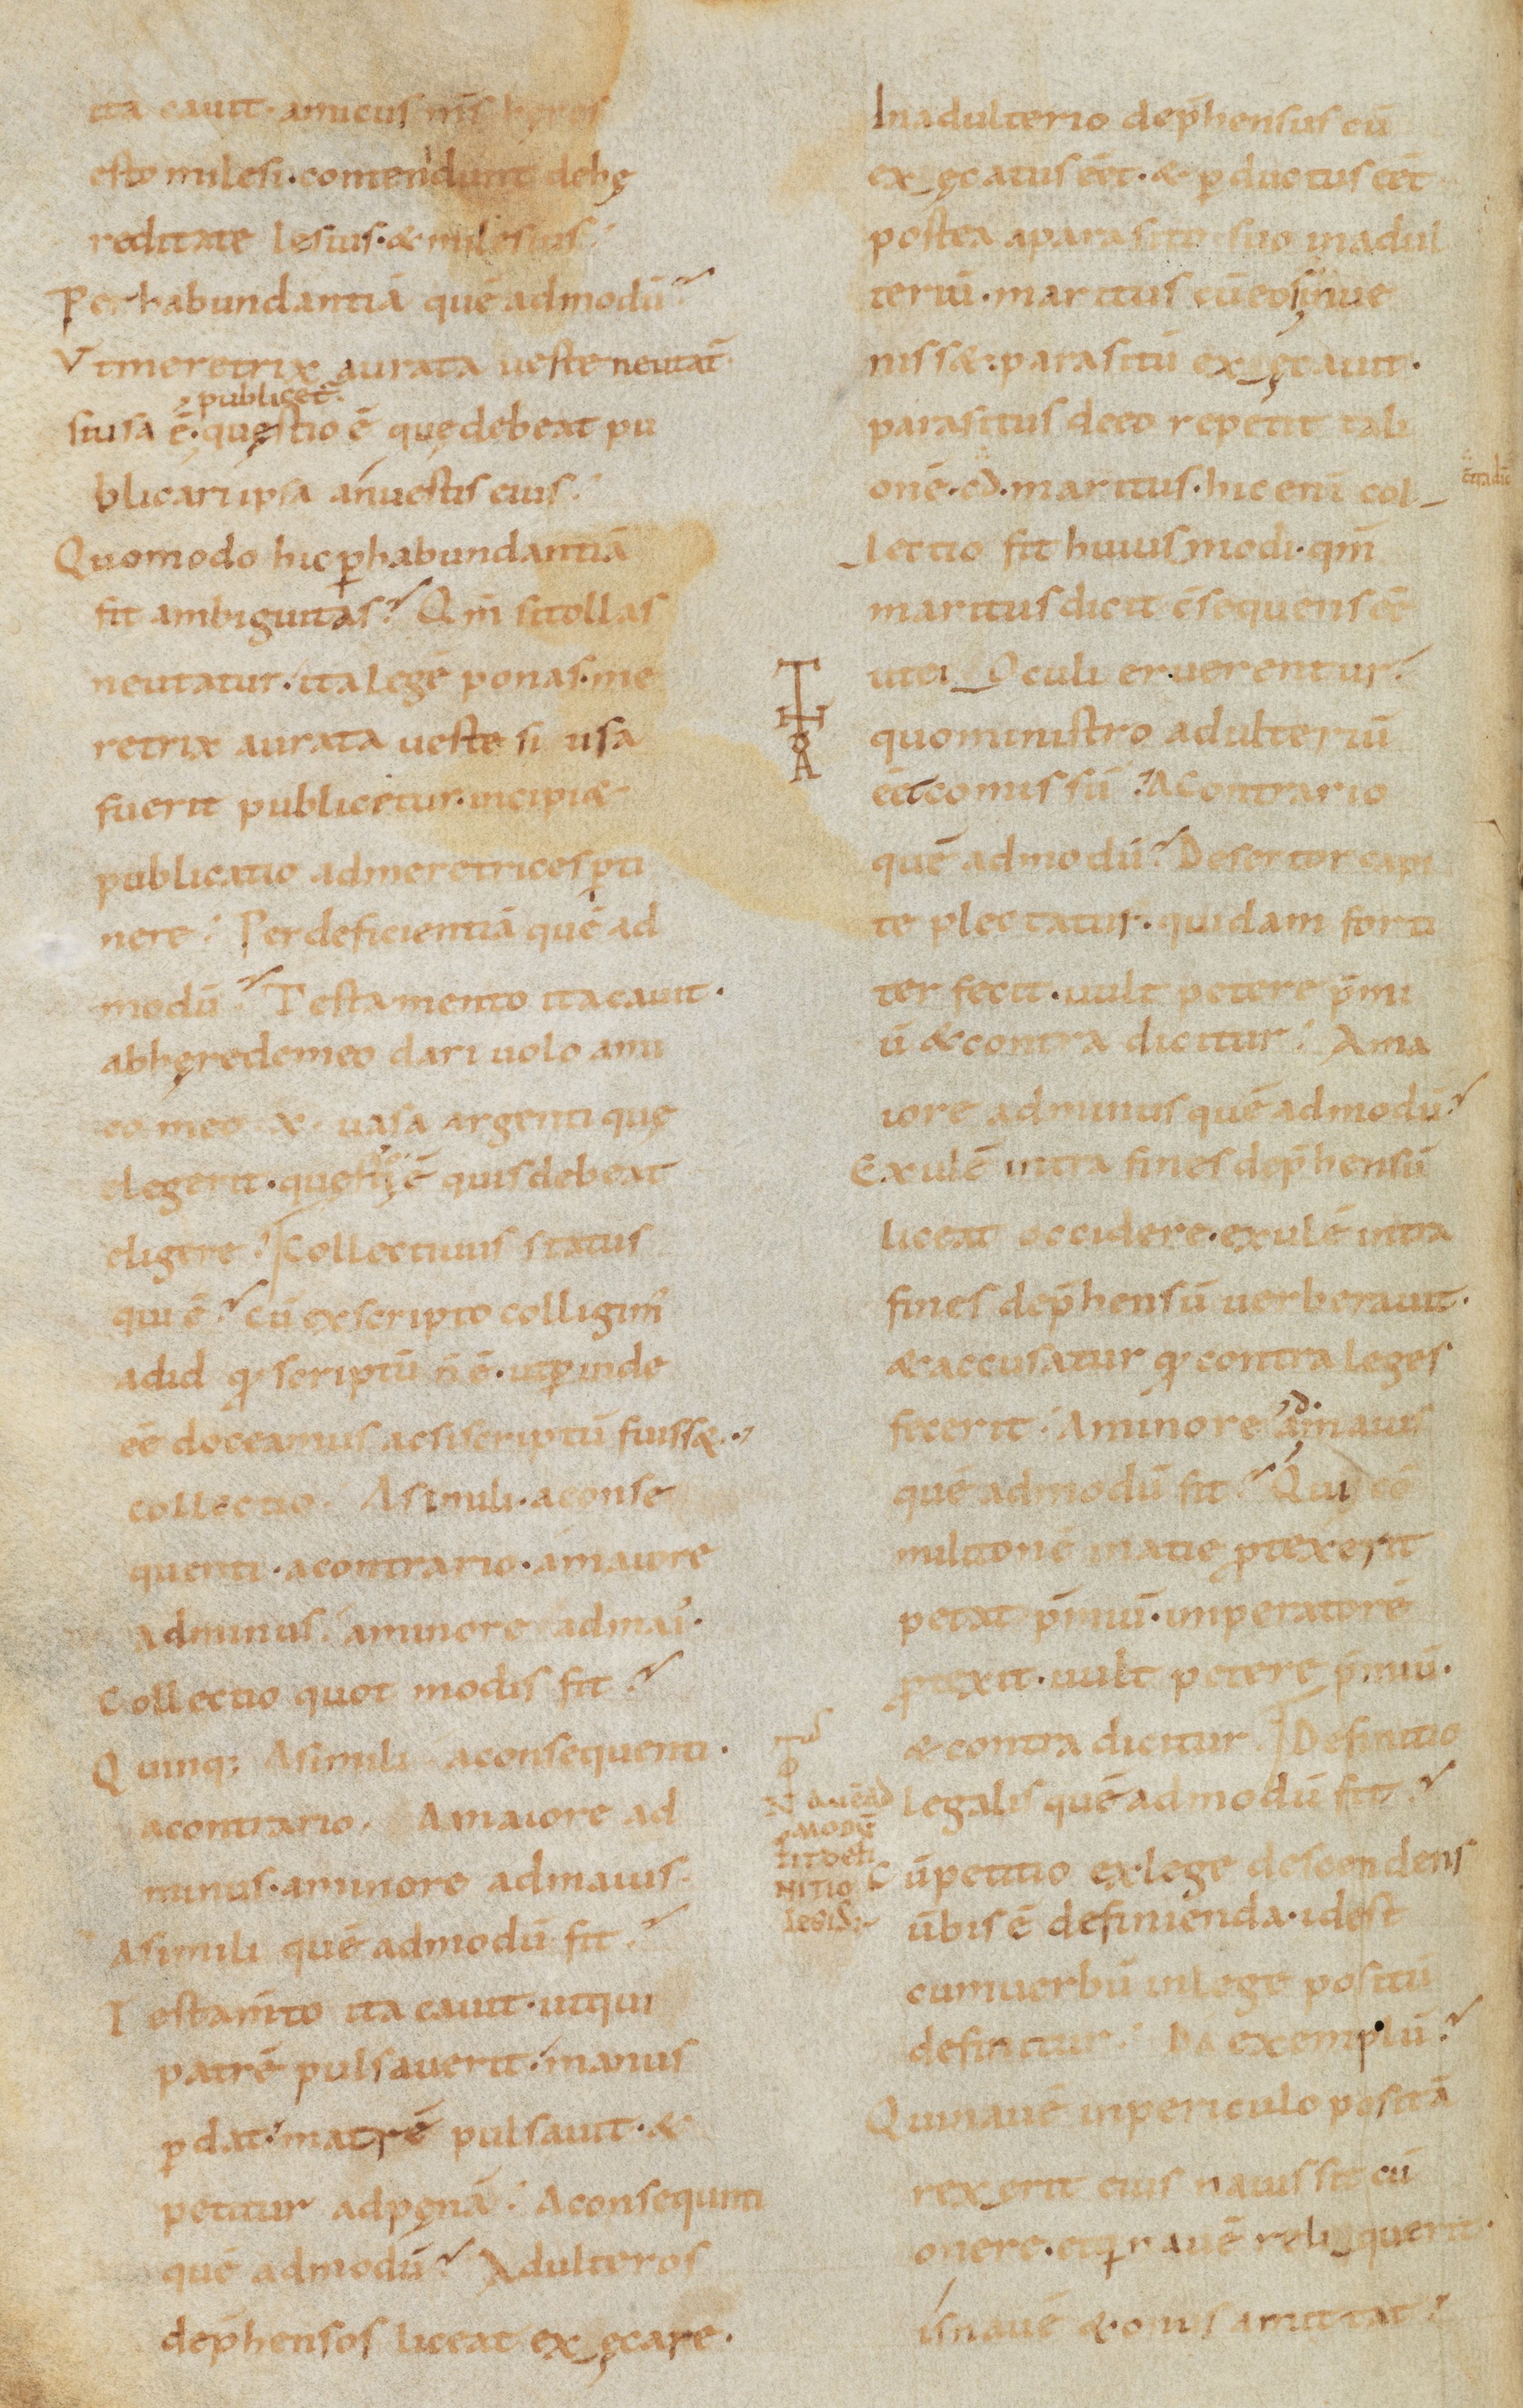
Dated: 900–999